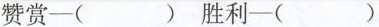
赞赏─( )胜利-( )